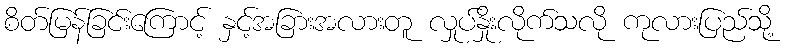
စိတ်မြန်ခြင်းကြောင့် နှင့်အခြားအလားတူ လှုပ်နှိုးလိုက်သလို ကုလားပြည်သို့